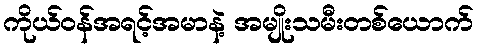
ကိုယ်ဝန်အရင့်အမာနဲ့ အမျိုးသမီးတစ်ယောက်